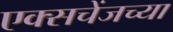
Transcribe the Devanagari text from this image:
एक्सचेंजच्या